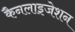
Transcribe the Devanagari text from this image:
कैनलाइजेशन